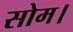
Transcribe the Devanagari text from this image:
सोम।